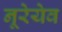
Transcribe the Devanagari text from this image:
नूरेयेव